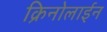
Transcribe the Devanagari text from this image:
क्रिनोलाईन